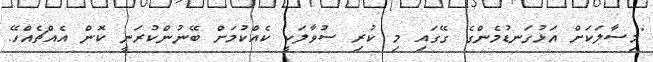
"މިސާލަކަށް އަޅުގަނޑުމެންގެ ގޭގައި މި ކުރި ސުވާލަކީ ކެއްކުމަށް ބޭނުންކުރަނީ ކޮން އެއްޗެއްހޭ.